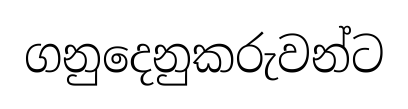
ගනුදෙනුකරුවන්ට